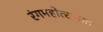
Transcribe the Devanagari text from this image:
रंगमहोत्सवात